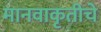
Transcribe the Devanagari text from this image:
मानवाकृतीचे